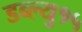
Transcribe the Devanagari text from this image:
डब्ल्यु१५